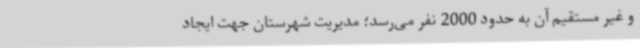
و غیر مستقیم آن به حدود 2000 نفر می‌رسد؛ مدیریت شهرستان جهت ایجاد